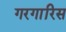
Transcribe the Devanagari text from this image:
गरगारिस